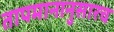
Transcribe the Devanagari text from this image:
तापमानानुसारच